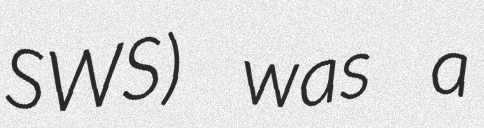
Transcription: SWS) was a